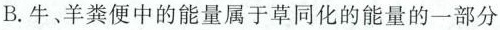
B. 牛、羊粪便中的能量属于草同化的能量的一部分